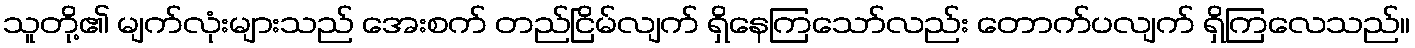
သူတို့၏ မျက်လုံးများသည် အေးစက် တည်ငြိမ်လျက် ရှိနေကြသော်လည်း တောက်ပလျက် ရှိကြလေသည်။